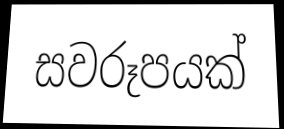
සවරූපයක්